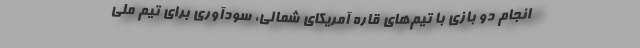
انجام دو بازی با تیم‌های قاره آمریکای شمالی، سودآوری برای تیم ملی